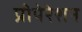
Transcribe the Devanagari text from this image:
प्रीपेरेशन